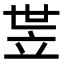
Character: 𬔛